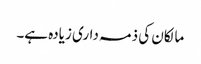
مالکان کی ذمہ داری زیادہ ہے۔